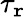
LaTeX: \tau_{\mathtt{r}}